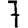
Digit: 7